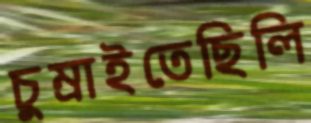
চুম্‌রাইতেছিলি